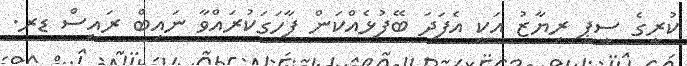
ކުރީގެ ސީޕީ ރިޔާޒު އަކީ އެފަދަ ބޭފުޅެއްކަން ފާހަގަކުރައްވާ ނައިބް ރައީސް ޑރ.